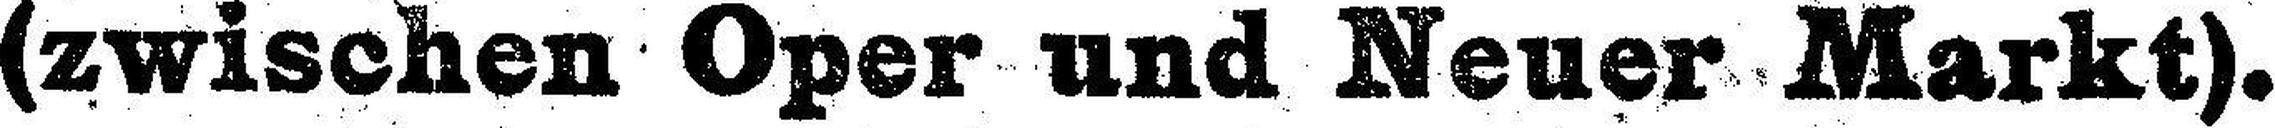
(zwischen Oper und Neuer Markt).